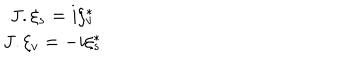
LaTeX: \begin{array} { c } { { J . \xi _ { s } = i \xi _ { v } ^ { * } } } \\ { { J . \xi _ { v } = - i \xi _ { s } ^ { * } } } \\ \end{array}